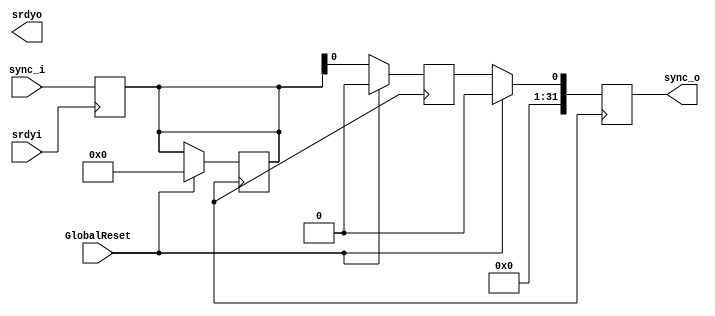
module delay_sync(
 input [31:0] sync_i, 
 input srdyi, 
 output reg [31:0] sync_o,
 output reg srdyo,
 input GlobalReset
	);
reg [31:0] tmp;
reg [31:0] tmp_2;
always@(posedge clk)
begin
	if(GlobalReset == 0) 
	begin
	  tmp2 <= tmp;
	  sync_o <= tmp2;;
	  
	end
	else if(GlobalReset == 1)
	begin
	   tmp2 <=0;
	   tmp <=0;
	   sync_o <= 0;
	
	end
end

always @(posedge srdyi)
begin
  tmp <= sync_i;
end

endmodule